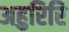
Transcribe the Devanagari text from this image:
अहुरिरि